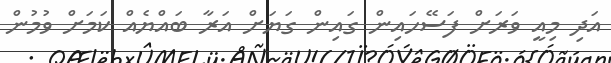
އަދި މިއީ ވަރަށް ފަސޭހައިން ގައިން ގަޔަށް އަރާ ބައްޔެއް ކަމަށް ވުމުން